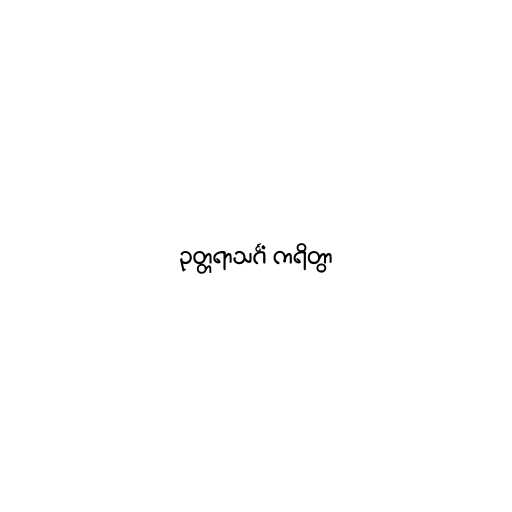
ဥတ္တရာသင်္ဂံ ကရိတွာ